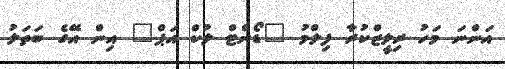
އަންނަ މަހު ރިލީޒްކުރާ ފިލްމު "ޑޯންޓް ލުކް އަޕް" އިން އޭގެ ބަތަލު